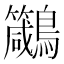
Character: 𪈁